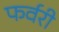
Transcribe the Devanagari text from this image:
फर्वरी